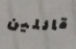
قائلين